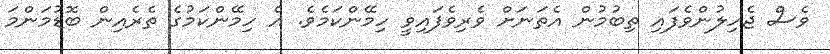
ވެސް ޖެހިލުންވެފައި ތިބުމުން އެތަނަށް ވެރިވެފައިވީ ހިމޭންކަމެވެ. އެ ހިމޭންކަމުގެ ތެރެއިން ބޮޑުމަންމަ